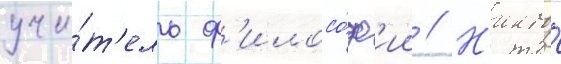
учи́т'ель ф'илосо́ф'ии // Н'икто́